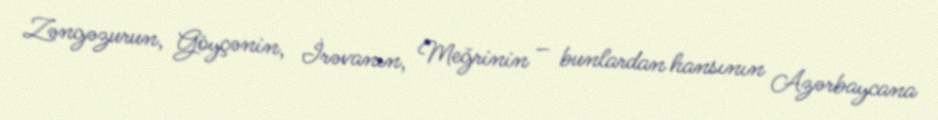
Zəngəzurun, Göyçənin, İrəvanın, Meğrinin – bunlardan hansının Azərbaycana